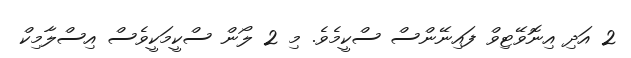
2 އަދި އިނޮވޭޓިވް ފައިނޭންސް ސްކީމެވެ. މި 2 ލޯން ސްކީމަކީވެސް އިސްލާމިކް